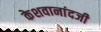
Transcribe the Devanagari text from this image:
केशवानांदजी